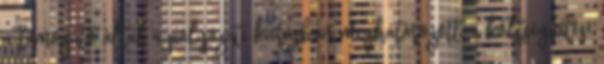
a támogató által a pályázati kiírásban meghatározott, a költségvetési